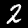
Label: 2